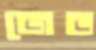
জেড